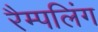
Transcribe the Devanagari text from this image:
रैम्पलिंग